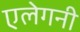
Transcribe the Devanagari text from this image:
एलेगनी